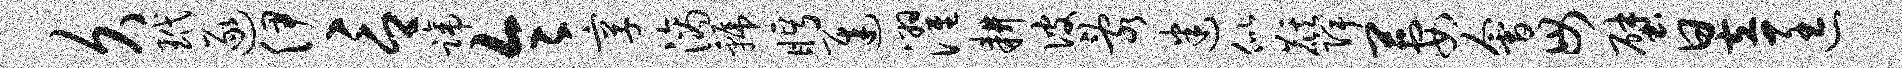
久玳逐伊言蹄令享滴虢眄迟濯耕彼乱迷似麒陴萋会毋壁昱匡